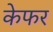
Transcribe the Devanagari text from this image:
केफर